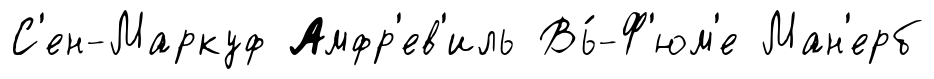
С'ен-Маркуф Амфр'ев'иль Вь́-Ф'юм'е Ман'ерб